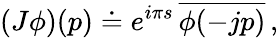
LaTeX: (J\phi)(p)\doteq e^{i\pi s}\, \overline{{{\phi(-jp)}}}\, ,